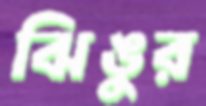
ঝিঙুর